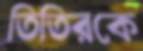
তিতিরকে